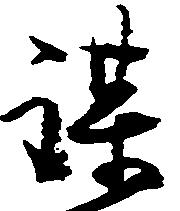
謀